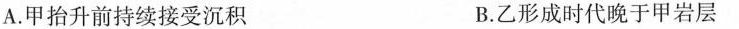
A.甲抬升前持续接受沉积 B.乙形成时代晚于甲岩层